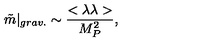
\tilde { m } | _ { g r a v . } \sim { \frac { < \lambda \lambda > } { M _ { P } ^ { 2 } } } ,